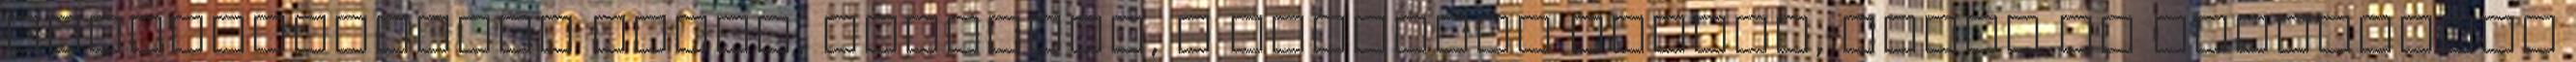
vadászatvezető nevét, lakcímét, a vadászat helyét, kezdő és befejezése